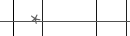
*